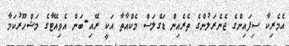
އެމެރިކާ ސިފައިންގެ ޖެނެރަލުންގެ ތެރެއިން ޑަގްލަސް މެކްއާތާ އަކީ ރޭއި-ބަން އެވިއޭޓާގެ މަޝްހޫރުކަމާ